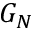
G _ { N }